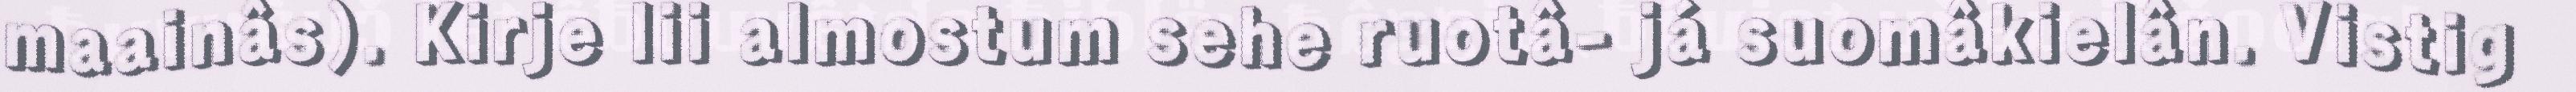
maainâs). Kirje lii almostum sehe ruotâ- já suomâkielân. Vistig